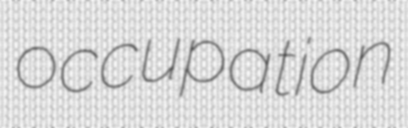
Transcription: occupation